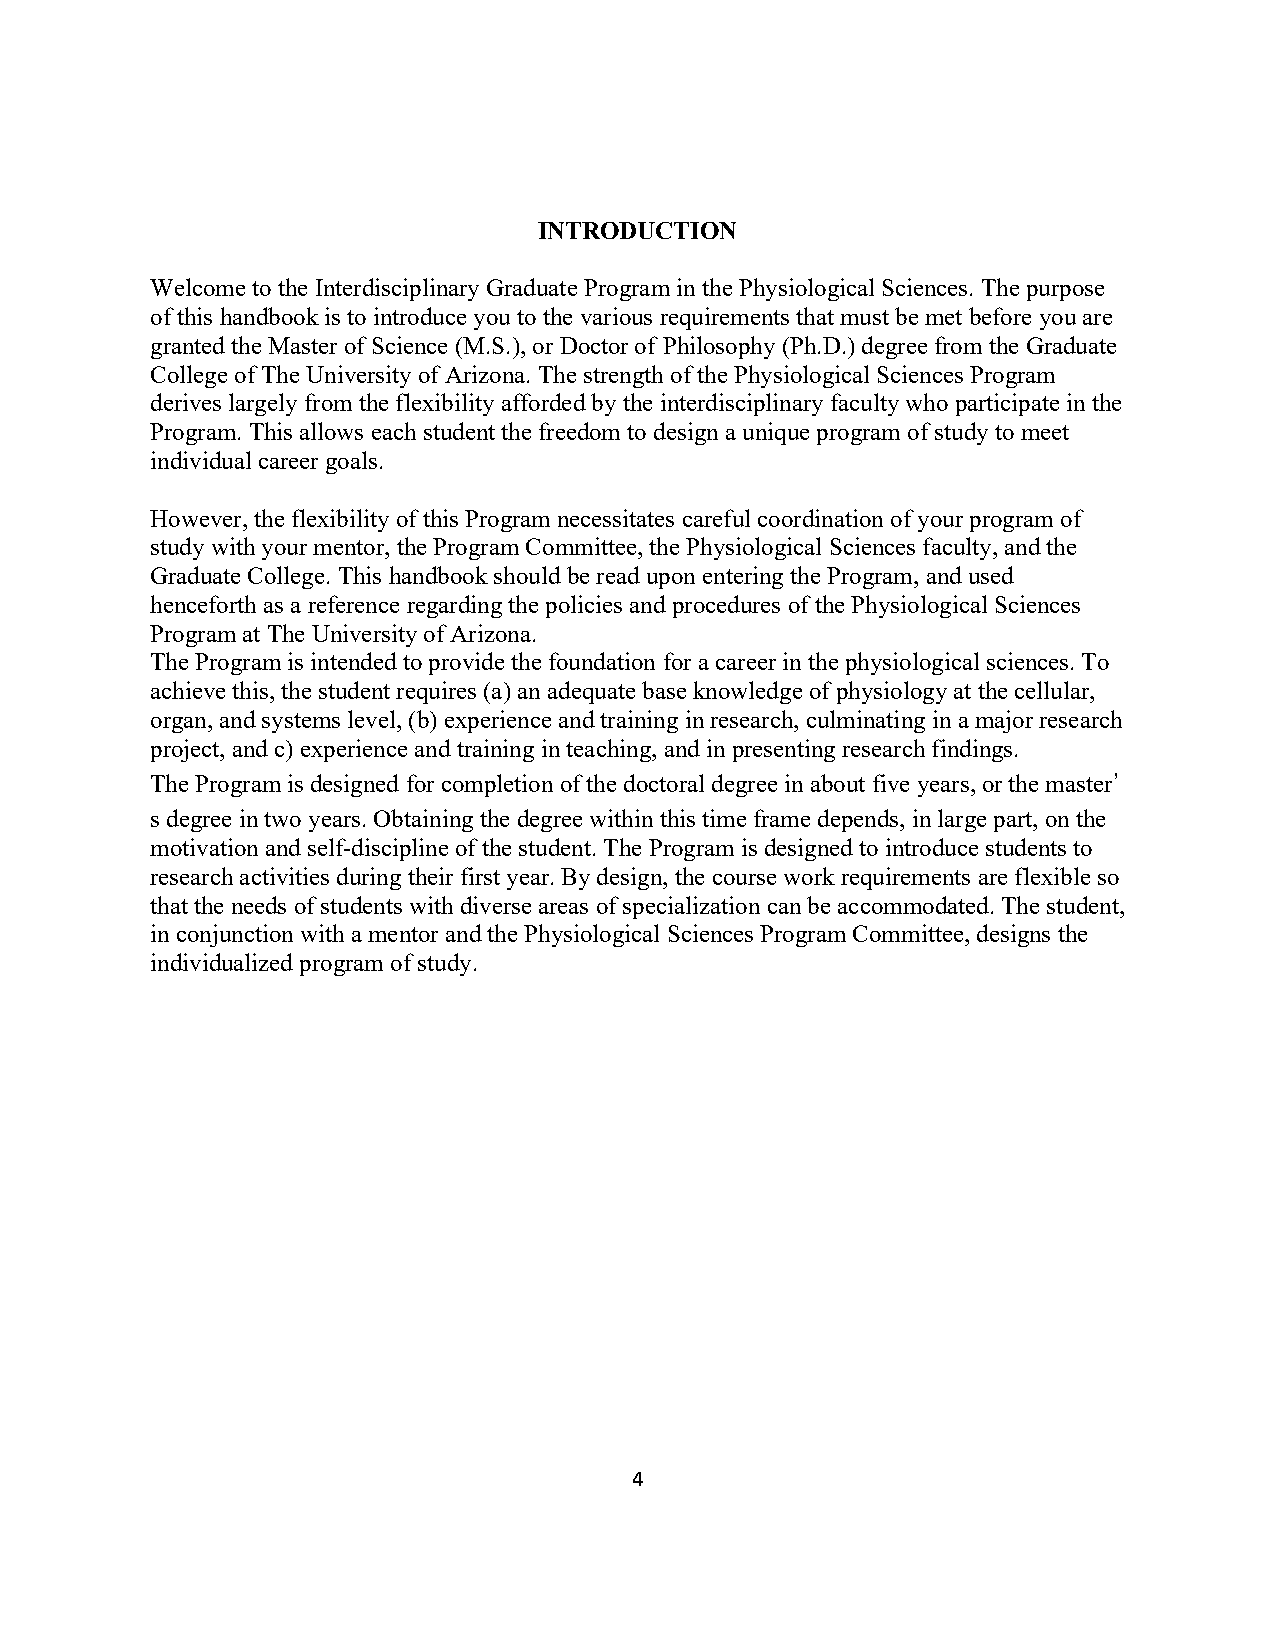
INTRODUCTION
 Welcome to the Interdisciplinary Graduate Program in the Physiological Sciences. The purpose
 of this handbook is to introduce you to the various requirements that must be met before you are
 granted the Master of Science (M.S.), or Doctor of Philosophy (Ph.D.) degree from the Graduate
 College of The University of Arizona. The strength of the Physiological Sciences Program
 derives largely from the flexibility afforded by the interdisciplinary faculty who participate in the
 Program. This allows each student the freedom to design a unique program of study to meet
 individual career goals.
 However, the flexibility of this Program necessitates careful coordination of your program of
 study with your mentor, the Program Committee, the Physiological Sciences faculty, and the
 Graduate College. This handbook should be read upon entering the Program, and used
 henceforth as a reference regarding the policies and procedures of the Physiological Sciences
 Program at The University of Arizona.
 The Program is intended to provide the foundation for a career in the physiological sciences. To
 achieve this, the student requires (a) an adequate base knowledge of physiology at the cellular,
 organ, and systems level, (b) experience and training in research, culminating in a major research
 project, and c) experience and training in teaching, and in presenting research findings.
 The Program is designed for completion of the doctoral degree in about five years, or the master’
 s degree in two years. Obtaining the degree within this time frame depends, in large part, on the
 motivation and self-discipline of the student. The Program is designed to introduce students to
 research activities during their first year. By design, the course work requirements are flexible so
 that the needs of students with diverse areas of specialization can be accommodated. The student,
 in conjunction with a mentor and the Physiological Sciences Program Committee, designs the
 individualized program of study.
 4